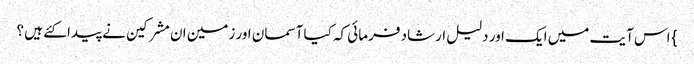
} اس آیت میں ایک اور دلیل ارشاد فرمائی کہ کیا آسمان اور زمین ان مشرکین نے پیدا کئے ہیں ؟